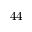
4 4